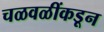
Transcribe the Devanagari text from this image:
चळवळींकडून